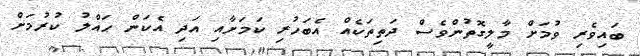
ބައިވެރި ވުމަށް މާލީގޮތުންވެސް ދަތިތަކެއް އެބަހުރި ކަމަށާއި އަދި އެކަން ޙައްލު ކުރުމަށް